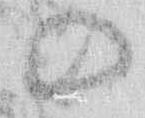
の